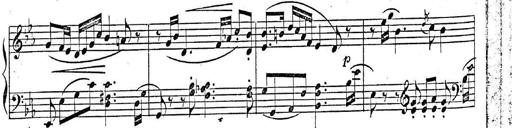
Title: 2 Sonatinas, Op.8
Composer: Hermann Goetz